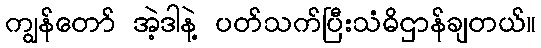
ကျွန်တော် အဲ့ဒါနဲ့ ပတ်သက်ပြီးသံဓိဌာန်ချတယ်။